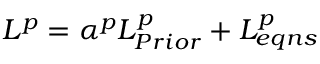
{ { L } ^ { p } } = \alpha ^ { p } L _ { P r i o r } ^ { p } + L _ { e q n s } ^ { p }